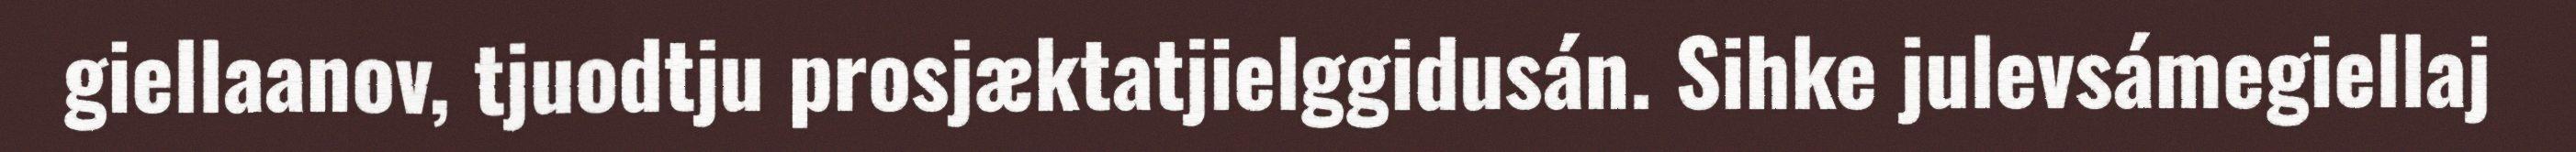
giellaanov, tjuodtju prosjæktatjielggidusán. Sihke julevsámegiellaj